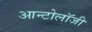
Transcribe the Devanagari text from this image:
आन्टोलॉजी